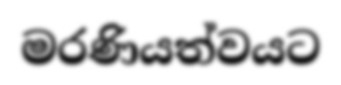
මරණියත්වයට